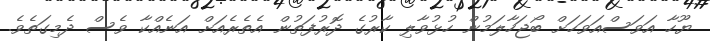
ޔޫހާ އަވަސްއަވަހަށް ބޯޖަހާލަމުން ހުޅުވާލި ކާރުގެ ދޮރުފަތުން އެތެރެއަށް އަނެއްކާ ވެސް ދެމިގަތެވެ.